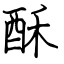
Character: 酥